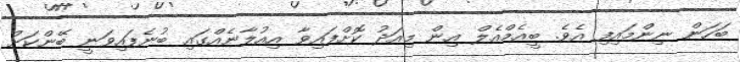
ބަހަން ނިންމައިފި އެވެ. ބީއެމްއެލް އިން މިއަދު ކޮށްފައިވާ އިއުލާނެއްގައި ބުނެފައިވަނީ ބޭންކަށް